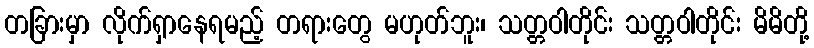
တခြားမှာ လိုက်ရှာနေရမည့် တရားတွေ မဟုတ်ဘူး၊ သတ္တဝါတိုင်း သတ္တဝါတိုင်း မိမိတို့